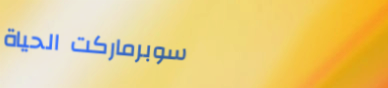
سوبرماركت الحياة